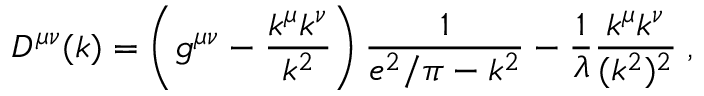
D ^ { \mu \nu } ( k ) = \left( g ^ { \mu \nu } - \frac { k ^ { \mu } k ^ { \nu } } { k ^ { 2 } } \right) \frac { 1 } { e ^ { 2 } / \pi - k ^ { 2 } } - \frac { 1 } { \lambda } \frac { k ^ { \mu } k ^ { \nu } } { ( k ^ { 2 } ) ^ { 2 } } \; ,